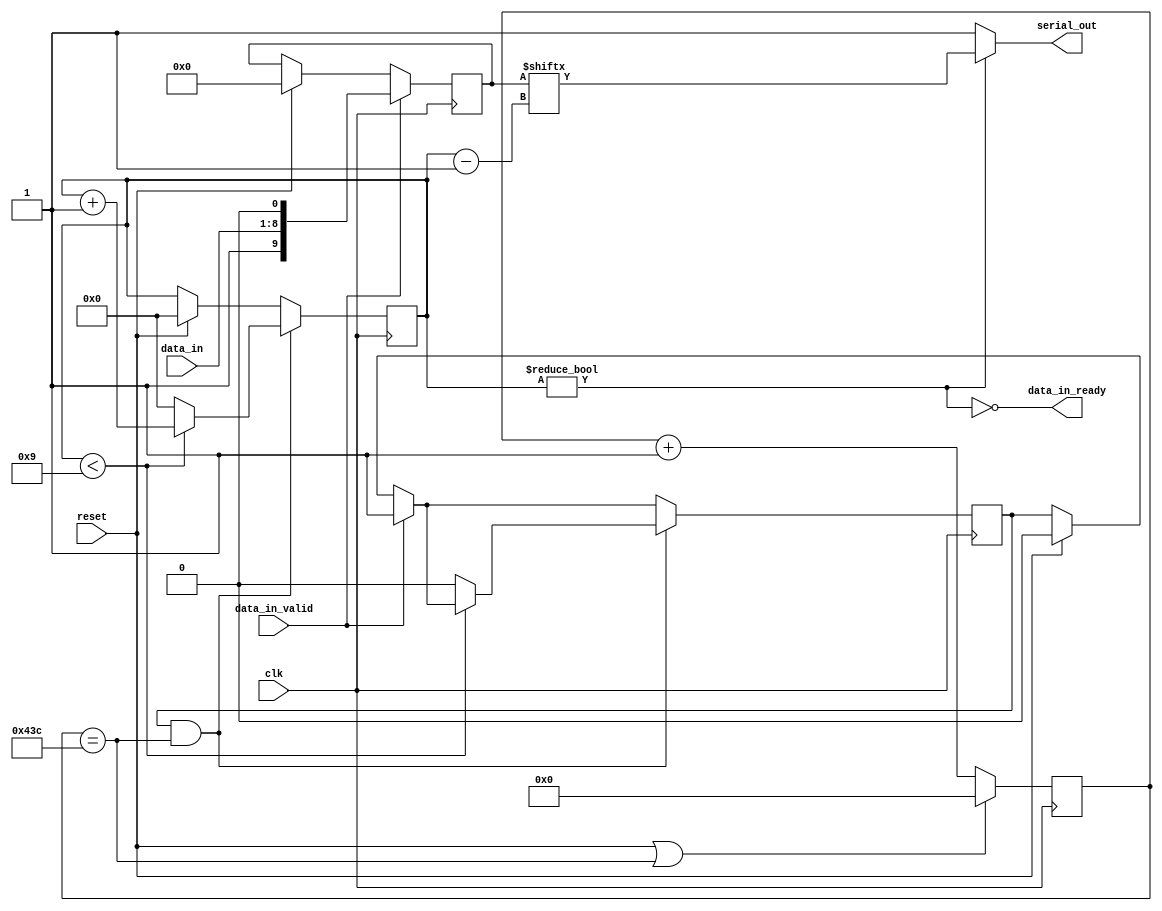
module uart_transmitter #(
    parameter CLOCK_FREQ = 125_000_000,
    parameter BAUD_RATE = 115_200)
(
    input clk,
    input reset,

    input [7:0] data_in,
    input data_in_valid,
    output data_in_ready,

    output serial_out
);
    // See diagram in the lab guide
    localparam  SYMBOL_EDGE_TIME    =   CLOCK_FREQ / BAUD_RATE;
    localparam  CLOCK_COUNTER_WIDTH =   $clog2(SYMBOL_EDGE_TIME);

    reg [CLOCK_COUNTER_WIDTH-1:0] clock_counter;

    wire symbol_edge;
    wire tx_running; 

    reg state; //0: idle  & 1: transfer
    reg [3:0] bit_counter;
    reg [9:0] tx_register;

    // Goes high at every symbol edge
    /* verilator lint_off WIDTH */
    assign symbol_edge = clock_counter == (SYMBOL_EDGE_TIME - 1);
    /* lint_on */

    // Goes high while we are sending a character
    assign tx_running = bit_counter != 4'd0;

    //Outputs
    assign serial_out = tx_running ? tx_register[bit_counter - 1] : 1'b1;
    assign data_in_ready = !tx_running;

    // Counts cycles until a single symbol is done
    always@(posedge clk) begin
        clock_counter <= (reset || symbol_edge) ? 0: clock_counter + 1;
    end

    // Counts down from 10 bits for every character
    always@(posedge clk) begin
        if (reset) begin
            state <= 0;
            bit_counter <= 0;
            tx_register <= 0;
        end
        if (data_in_valid) begin
            state <= 1;
            tx_register <= {1'b1, data_in, 1'b0};
        end
        if (state && symbol_edge)
            if (bit_counter < 9)
                bit_counter <= bit_counter + 4'd1;
            else begin
                bit_counter <= 0;
                state <= 0;
            end
    end

endmodule